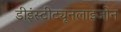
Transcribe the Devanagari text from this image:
डीइंस्टीट्यूनलाइजोन